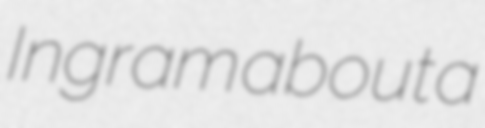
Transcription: Ingram about a